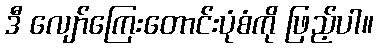
ဒီ လျော်ကြေးတောင်းပုံစံကို ဖြည့်ပါ။